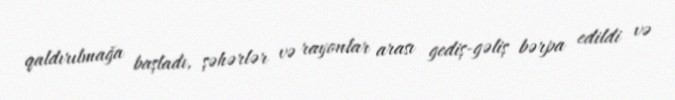
qaldırılmağa başladı, şəhərlər və rayonlar arası gediş-gəliş bərpa edildi və